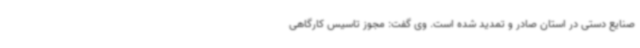
صنایع دستی در استان صادر و تمدید شده است. وی گفت: مجوز تاسیس کارگاهی